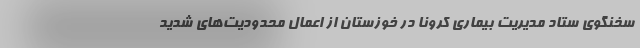
سخنگوی ستاد مدیریت بیماری کرونا در خوزستان از اعمال محدودیت‌های شدید